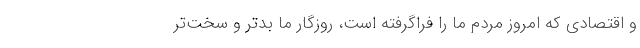
و اقتصادی که امروز مردم ما را فراگرفته است، روزگار ما بدتر و سخت‌تر